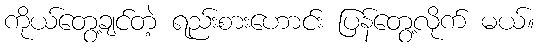
ကိုယ်တွေ့ချင်တဲ့ ရည်းစားဟောင်း ပြန်တွေ့လိုက် မယ်။